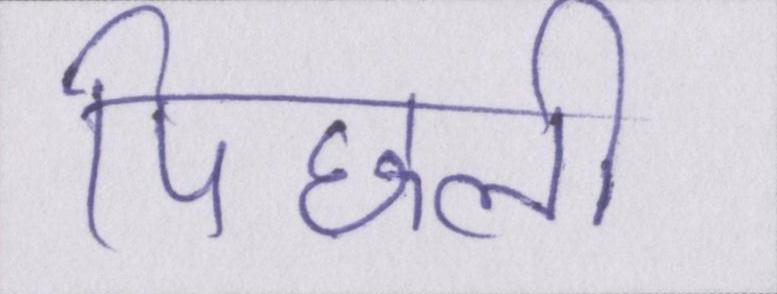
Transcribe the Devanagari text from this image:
पिछली